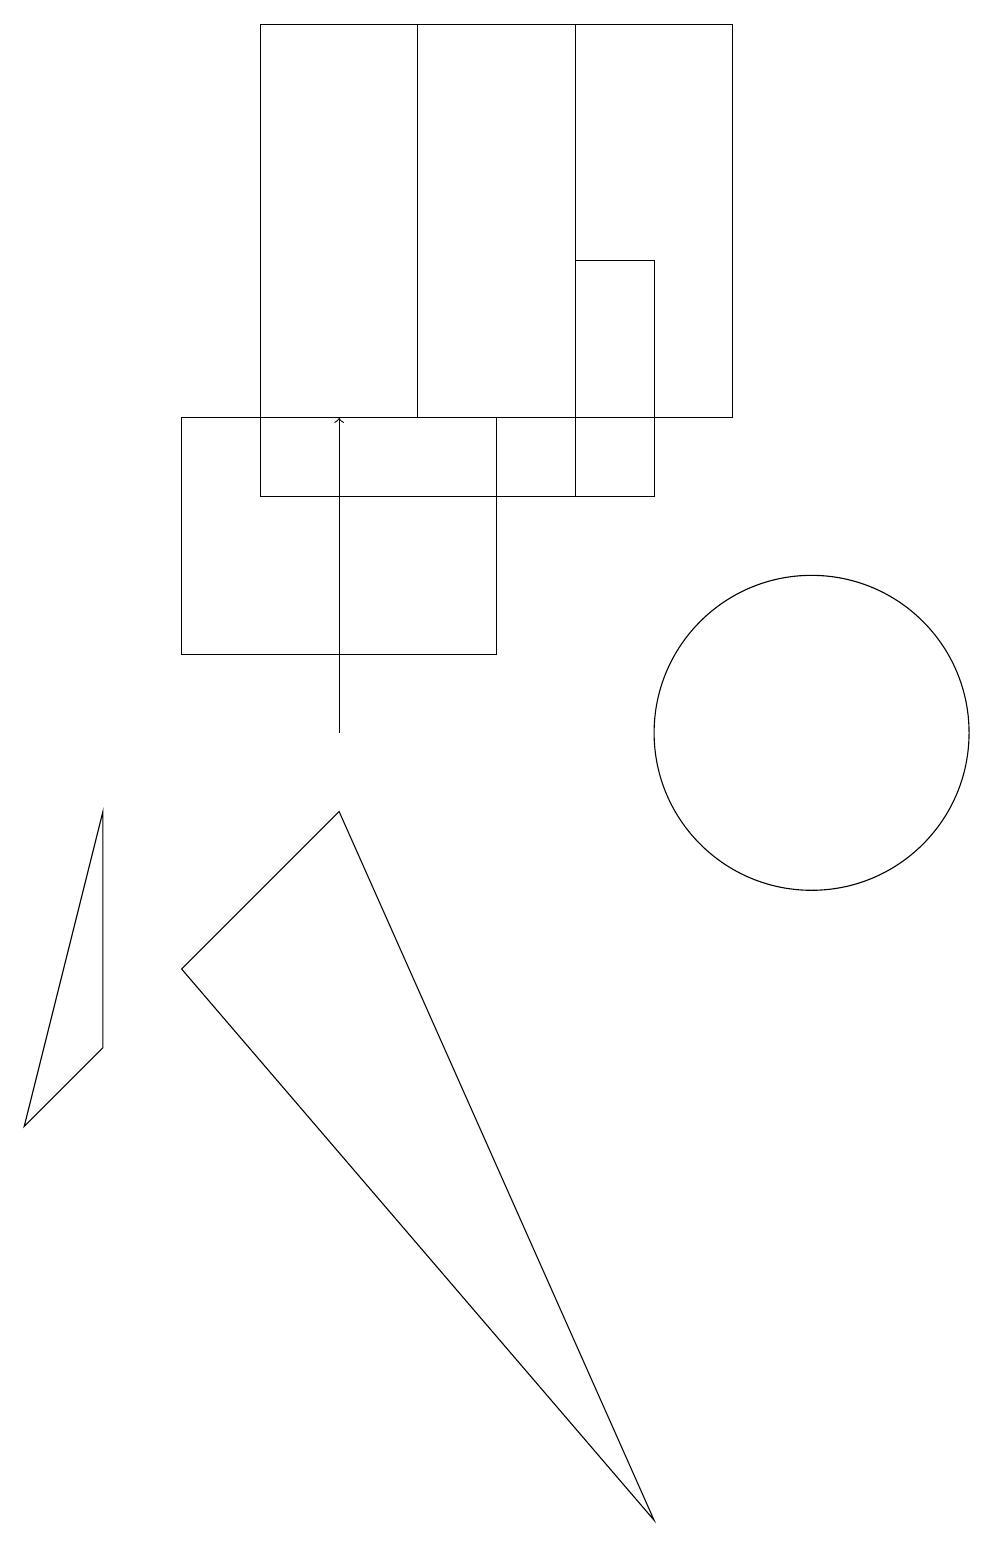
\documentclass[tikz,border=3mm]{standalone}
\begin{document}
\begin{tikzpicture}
\draw (8,0) -- (2,7) -- (4,9) -- cycle;
\draw (10,10) circle (2);
\draw[->] (4,10) -- (4,14);
\draw (0,5) -- (1,6) -- (1,9) -- cycle;
\draw (2,11) rectangle (6,14);
\draw (7,13) rectangle (8,16);
\draw (5,14) rectangle (9,19);
\draw (3,13) rectangle (7,19);
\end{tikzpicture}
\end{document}